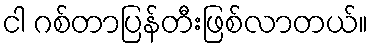
ငါ ဂစ်တာပြန်တီးဖြစ်လာတယ်။